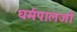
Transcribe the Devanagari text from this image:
धर्मपालजी